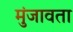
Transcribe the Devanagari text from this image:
मुंजावता